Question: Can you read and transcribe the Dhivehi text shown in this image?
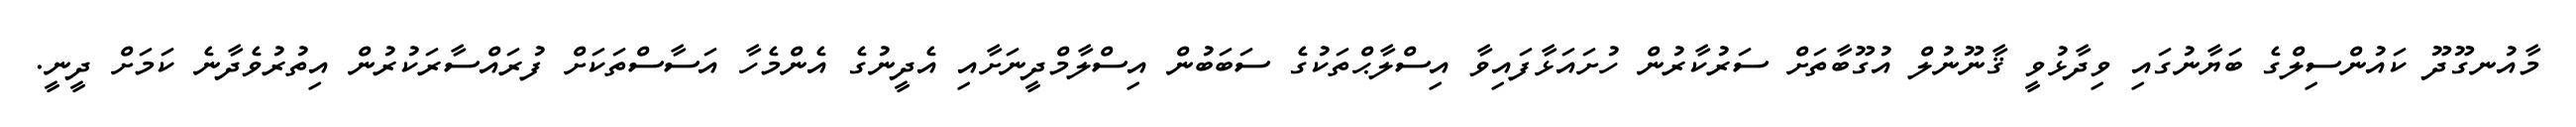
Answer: މާއުނގޫދޫ ކައުންސިލްގެ ބަޔާނުގައި ވިދާޅުވީ ޤާނޫނުލް އުގޫބާތަށް ސަރުކާރުން ހުށައަޅާފައިވާ އިސްލާޙްތަކުގެ ސަބަބުން އިސްލާމްދީނަށާއި އެދީނުގެ އެންމެހާ އަސާސްތަކަށް ފުރައްސާރަކުރުން އިތުރުވެދާނެ ކަމަށް ދީނީ.